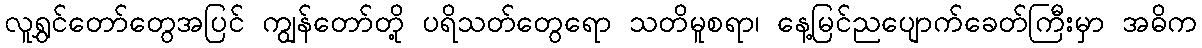
လူရွှင်တော်တွေအပြင် ကျွန်တော်တို့ ပရိသတ်တွေရော သတိမူစရာ၊ နေ့မြင်ညပျောက်ခေတ်ကြီးမှာ အဓိက